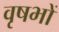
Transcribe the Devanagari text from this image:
वृषभों